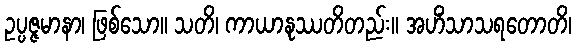
ဥပ္ပဇ္ဇမာနာ၊ ဖြစ်သော။ သတိ၊ ကာယာနုဿတိတည်း။ အဟိံသာသရတောတိ၊